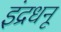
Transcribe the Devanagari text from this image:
इंद्रधनू